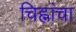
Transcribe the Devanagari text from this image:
चिह्नांचा